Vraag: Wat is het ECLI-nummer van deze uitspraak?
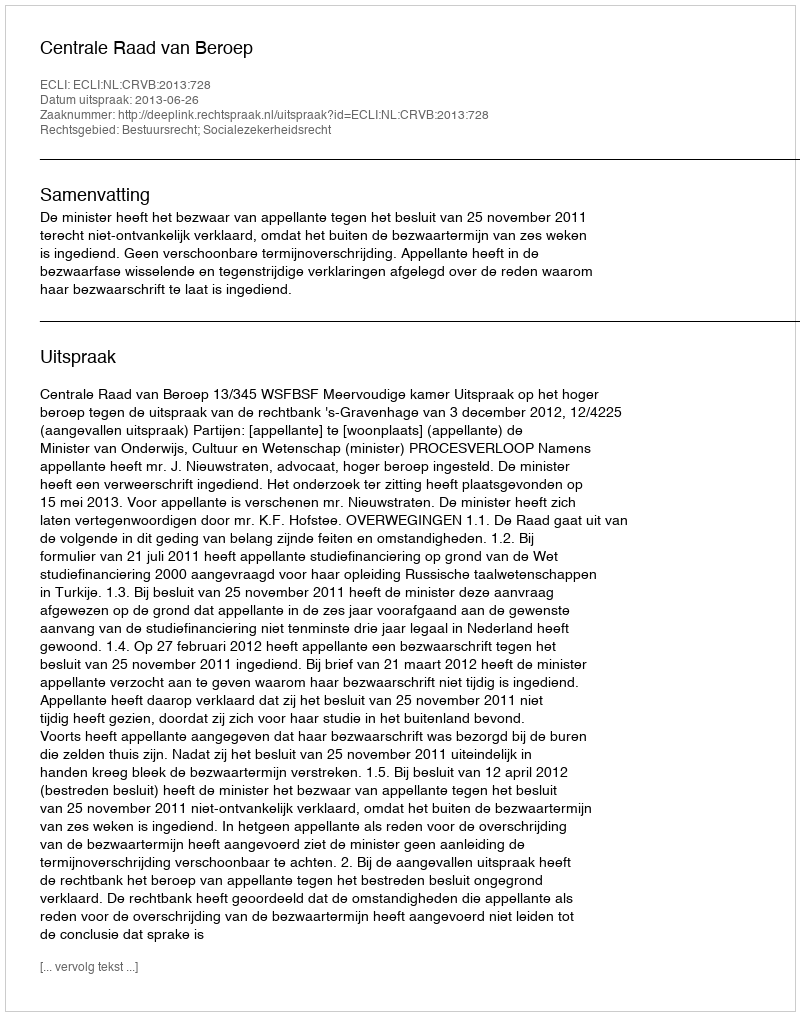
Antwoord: ECLI:NL:CRVB:2013:728